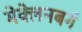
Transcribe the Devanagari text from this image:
मेक्लेनबर्ग